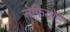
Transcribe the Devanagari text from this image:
सेफियोट